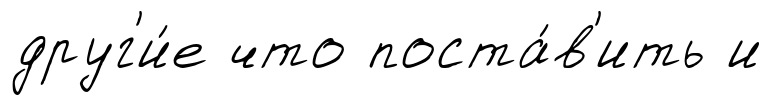
друг'и́е что поста́в'ить и